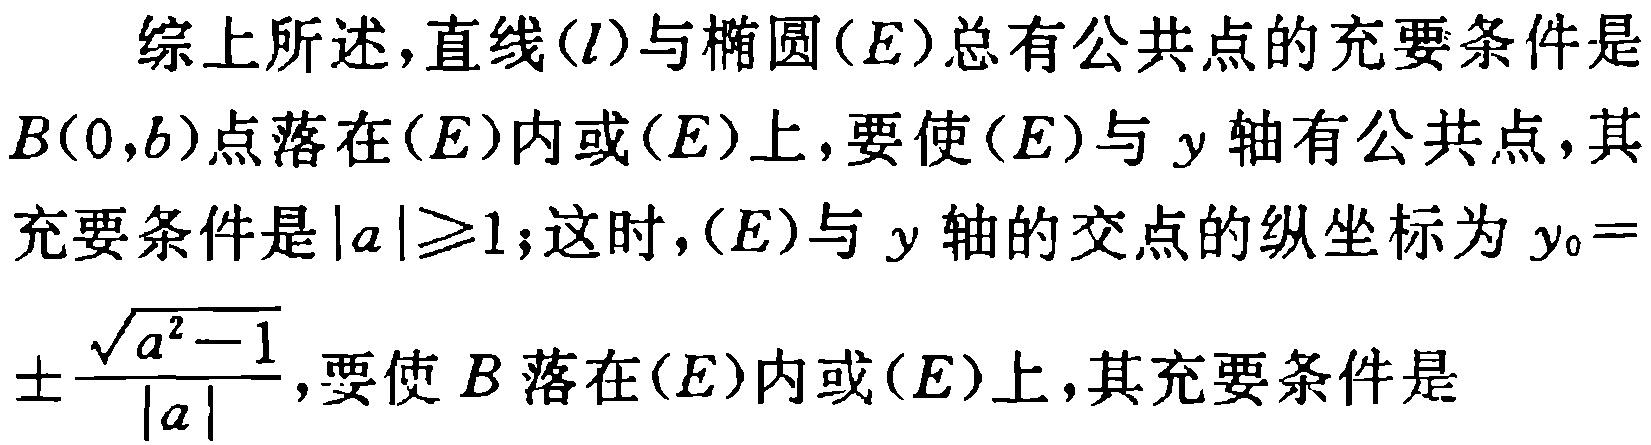
综上所述，直线\((l)\)与椭圆\((E)\)总有公共点的充要条件是\(B(0,b)\)点落在\((E)\)内或\((E)\)上，要使\((E)\)与 \(y\) 轴有公共点，其充要条件是\(\vert a\vert\geqslant1\)；这时，\((E)\)与 \(y\) 轴的交点的纵坐标为 \(y_{0}=\pm\frac{\sqrt{a^{2} - 1}}{\vert a\vert}\)，要使 \(B\) 落在\((E)\)内或\((E)\)上，其充要条件是